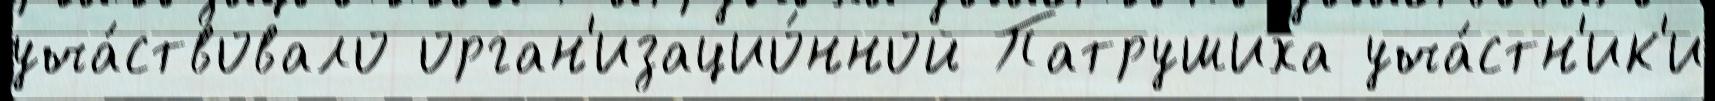
уча́ствовало орган'изацио́нной Патрушиха уча́стн'ик'и